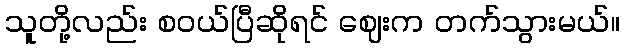
သူတို့လည်း စဝယ်ပြီဆိုရင် ဈေးက တက်သွားမယ်။